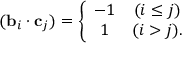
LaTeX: ( { \bf b } _ { i } \cdot { \bf c } _ { j } ) = \left\{ \begin{array} { c c } { { - 1 } } & { { ( i \leq j ) } } \\ { { 1 } } & { { ( i > j ) . } } \end{array} \right.